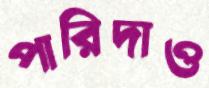
পারিদাও